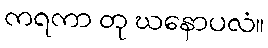
ကရကာ တု ဃနောပလံ။